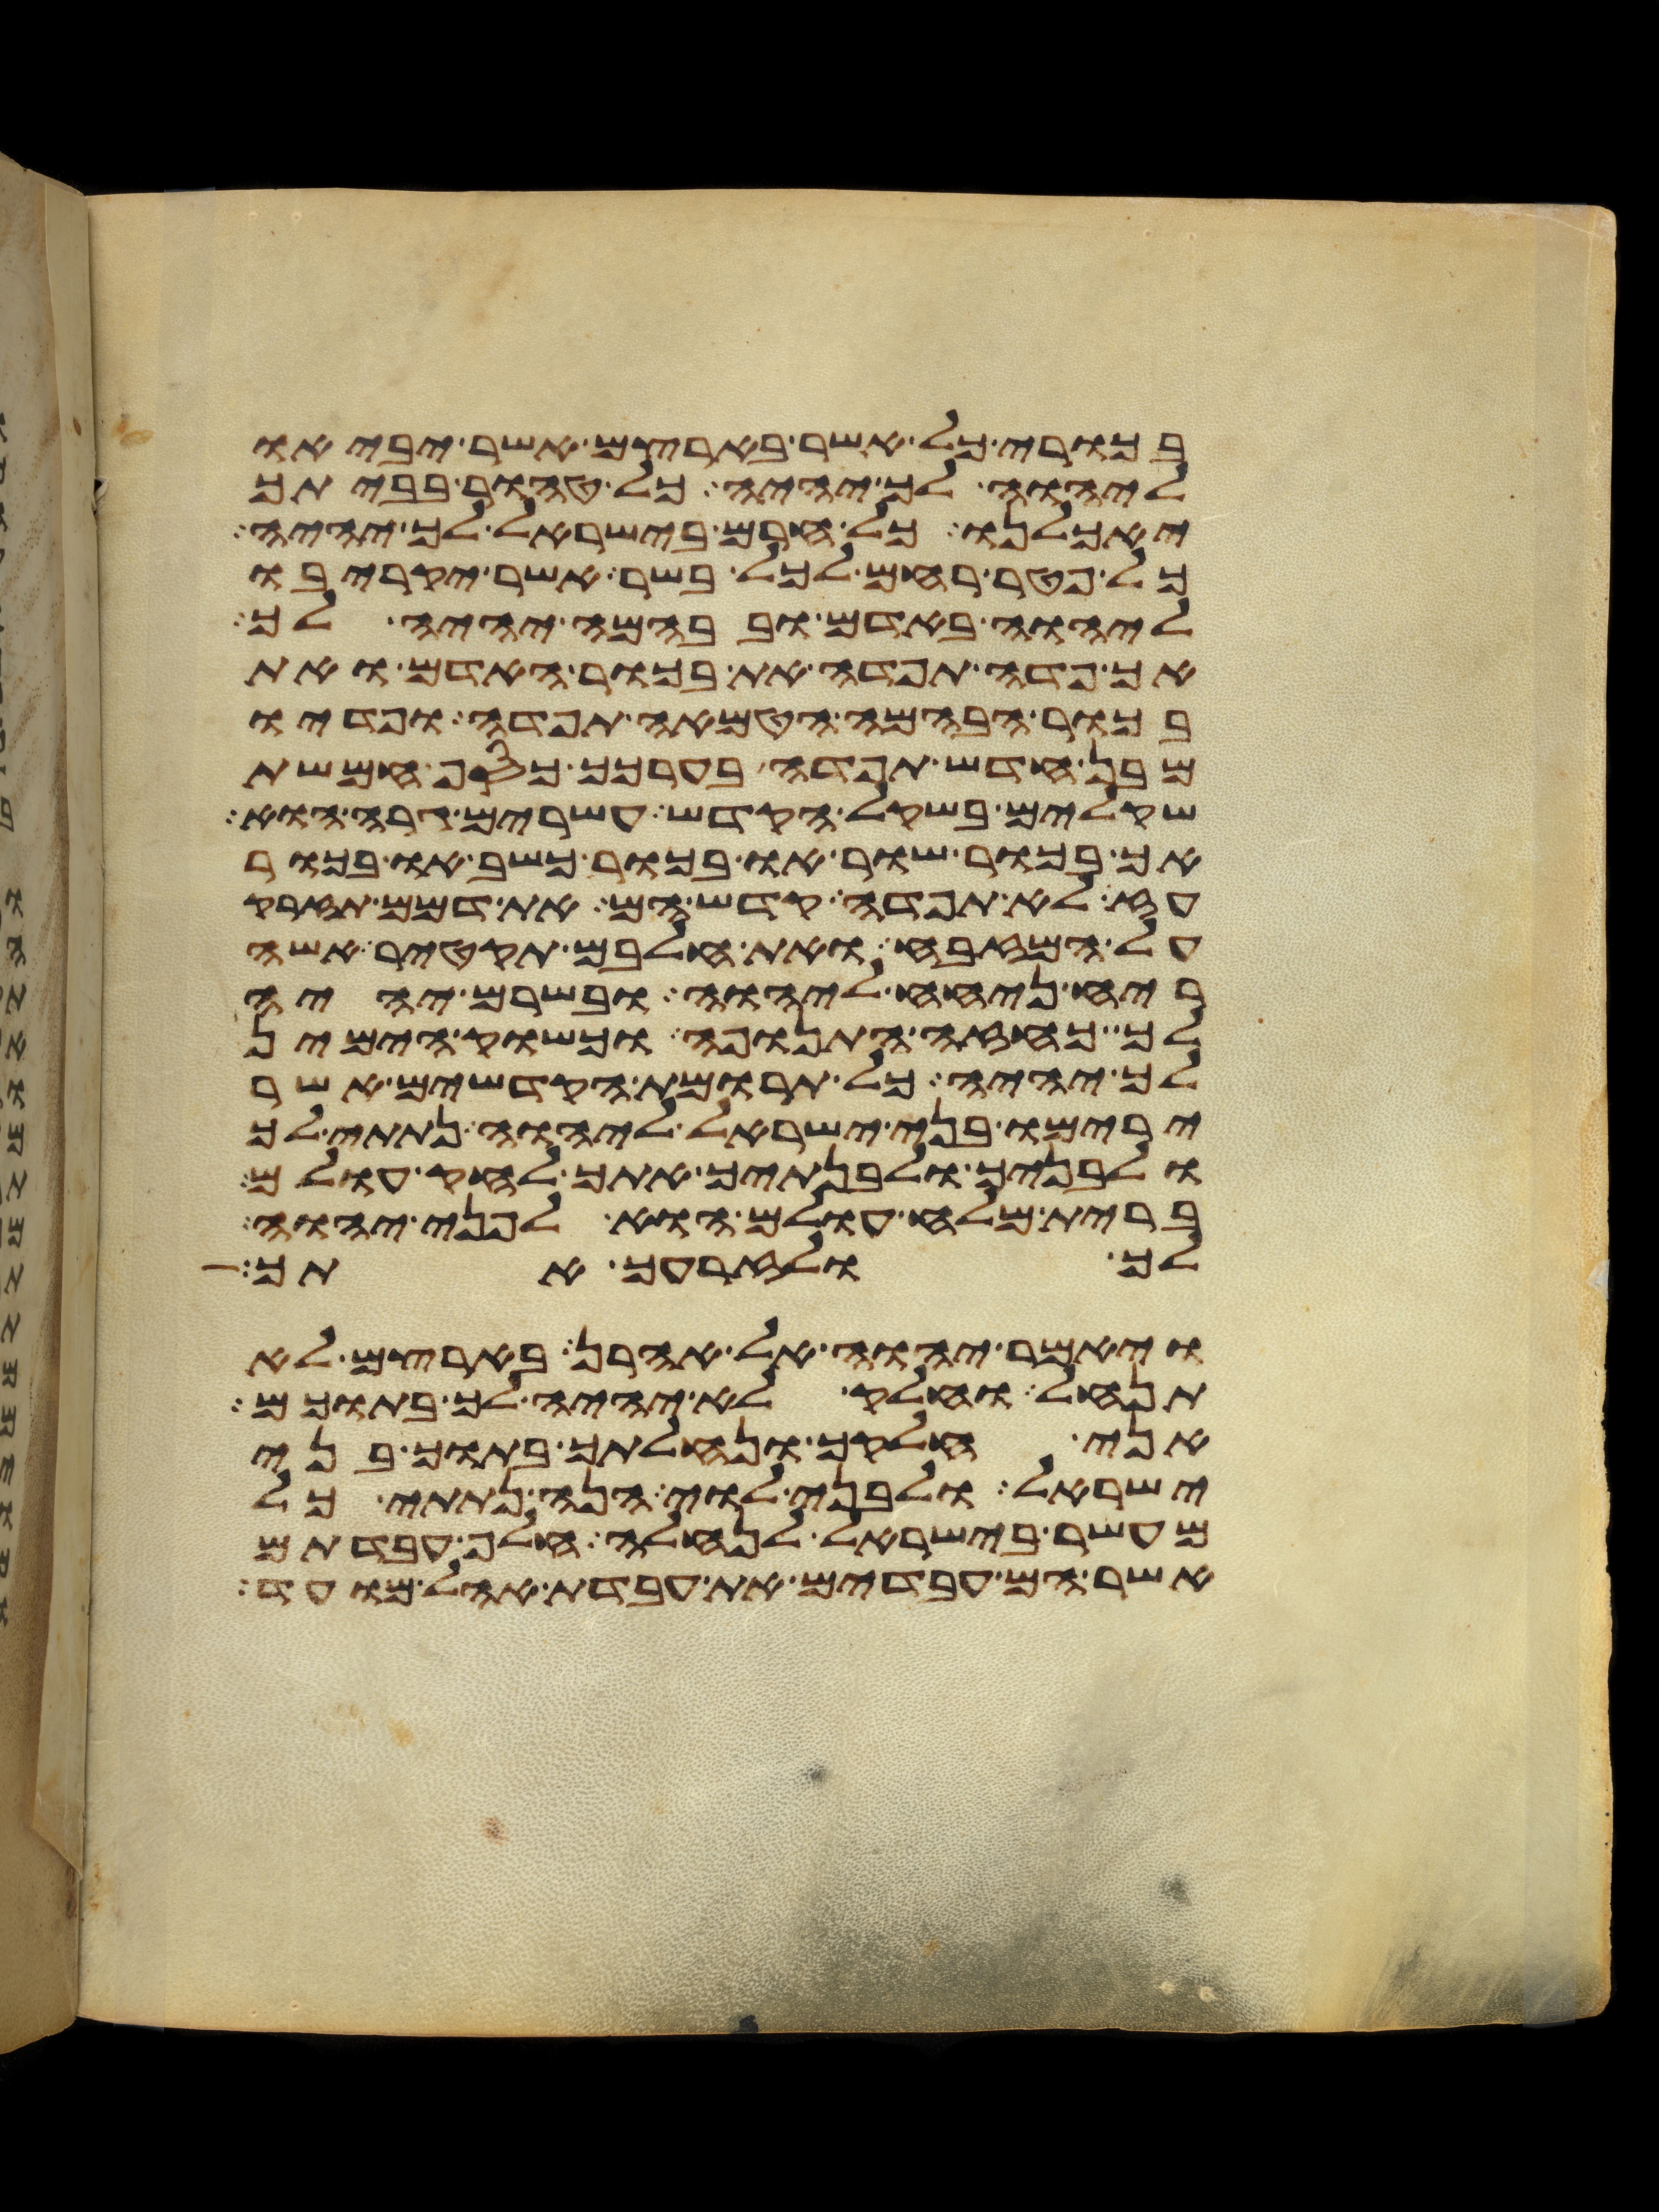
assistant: בכורי כל אשר בארצם אשר יביאו
ליהוה לך יהיה כל טהור בביתך
יאכלנו כל חרם בישראל לך יהיה
כל פטר רחם לכל בשר אשר יקריבו
ליהוה באדם ובבהמה יהיה לך
אך פדה תפדה את בכור האדם ואת
בכור הבהמה הטמאה תפדה ופדיו
מבן חדש תפדה בערכך כסף חמשת
שקלים בשקל הקדש עשרים גרה הוא
אך בכור שור או בכור כשב או בכור
עז לא תפדה קדש הם את דמם תזרק
על המזבח ואת חלבם תקטיר אשה
ריח ניחח ליהוה ובשרם יהיה
לך כחזה התנופה וכשוק הימין
לך יהיה כל תרומת הקדשים אשר
ירימו בני ישראל ליהוה נתתי לך
ולבניך ולבנתיך אתך לחק עולם
ברית מלח עולם הוא לפני יהוה
לך ולזרעך אתך
ויאמר יהוה אל אהרן בארצם לא
תנחל וחלק לא יהיה לך בתוכם
אני חלקך ונחלתך בתוך בני
ישראל ולבני לוי הנה נתתי כל
מעשר בישראל לנחלה חלף עבדתם
אשר הם עבדים את עבדת אהל מועד